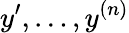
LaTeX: y^{\prime},\ldots,y^{(n)}